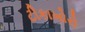
ટીકાખોરો